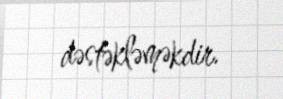
dəstəkləməkdir.